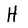
Character: H